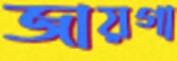
জায়গা